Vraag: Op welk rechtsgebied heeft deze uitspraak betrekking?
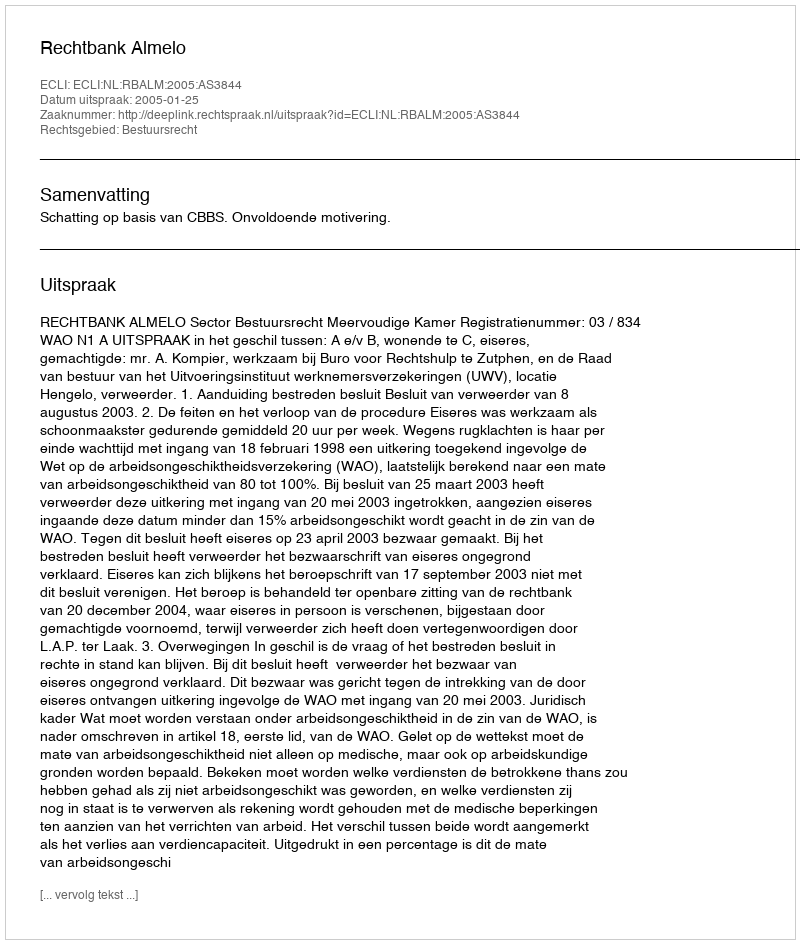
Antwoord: Bestuursrecht